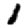
Digit: 1